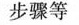
步骤等